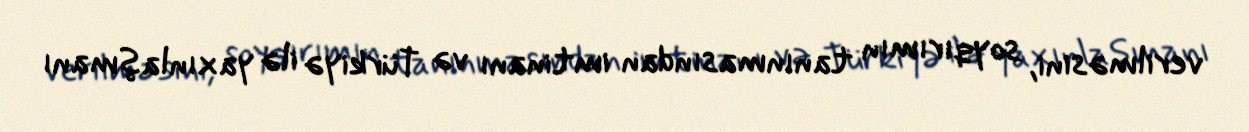
verilməsini, soyqırımın tanınmasından imtinanı və Türkiyə ilə yaxınlaşmanı